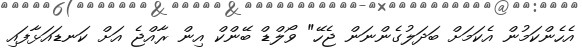
އެހެންކަމުން އެކަމަށް ބަދަލުގެންނަން ޖެހޭ" ވޯލްޑް ބޭންކް އިން ރާއްޖެ އަށް ކަނޑައަޅާފައި